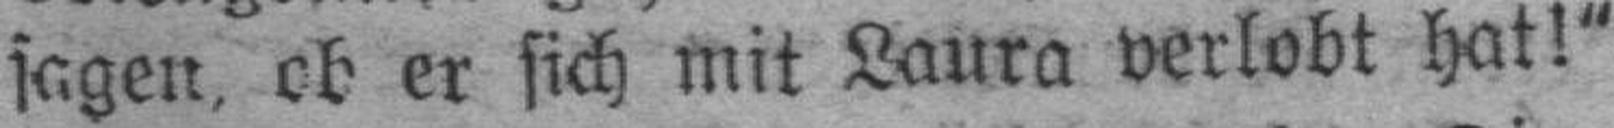
sagen, ob er sich mit Laura verlobt hat!“